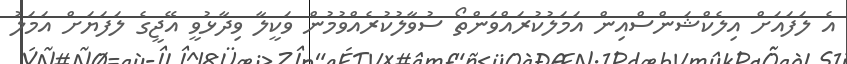
އެ ލަފައަށް އިލެކްޝަންސްއިން އަމަލުކުރައްވަންތޯ ސުވާލުކުރެއްވުމުން ވަކީލާ ވިދާޅުވީ އޭޖީގެ ލަފަޔަށް އަމަލު